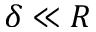
\delta \ll R